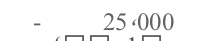
-     25